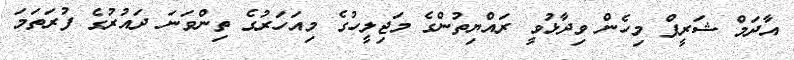
އާދަމް ޝަރީފް މިހެން ވިދާޅުވީ ރައްޔިތުންގެ މަޖިލީހުގެ މިއަހަރުގެ ތިންވަނަ ދައުުރުގެ ފުރަތަމަ